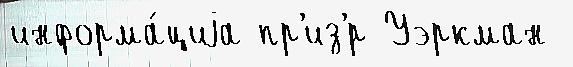
информа́циjа пр'из'́р Уэркман